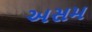
અસમ